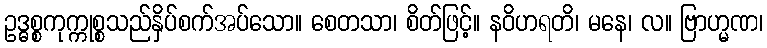
ဥဒ္ဓစ္စကုက္ကုစ္စသည်နှိပ်စက်အပ်သော။ စေတသာ၊ စိတ်ဖြင့်။ နဝိဟရတိ၊ မနေ၊ လ။ ဗြာဟ္မဏ၊